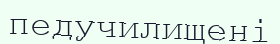
педучилищені